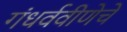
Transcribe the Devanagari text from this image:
गंधर्ववीणेचे